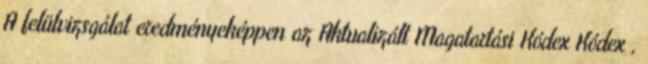
A felülvizsgálat eredményeképpen az Aktualizált Magatartási Kódex Kódex ,